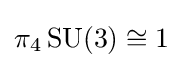
\pi _{4}\operatorname {SU} (3)\cong 1